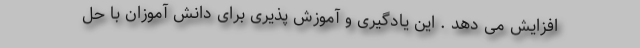
افزایش می دهد . این یادگیری و آموزش پذیری برای دانش آموزان با حل